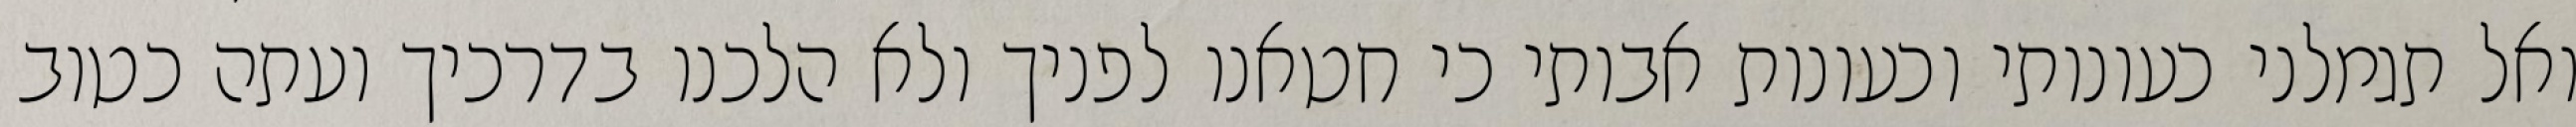
ואל תגמלני כעונותי וכעונות אבותי כי חטאנו לפניך ולא הלכנו בדרכיך ועתה כטוב